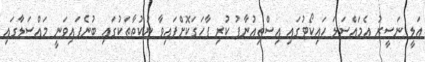
އަލީ ނަސީރު އެމައްސަލަ ހައިކޯޓުގައި އިސްތިއުނާފު ކުރި ފާހަގަކޮށްފައިވާ ނުކުތާތަކުގައި ބުނެފައިވަނީ މައްސަލާގައި